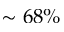
\sim 6 8 \%